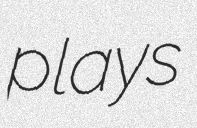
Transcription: plays